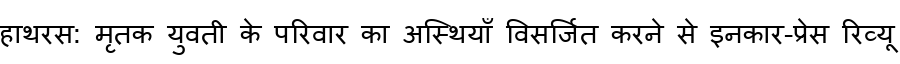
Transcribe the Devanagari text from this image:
हाथरस: मृतक युवती के परिवार का अस्थियाँ विसर्जित करने से इनकार-प्रेस रिव्यू